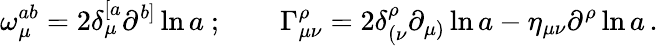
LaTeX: \omega_{\mu}^{ab}=2\delta_{\mu}^{[a}\partial^{b]}\ln a\ ;\qquad\Gamma_{\mu\nu}^{\rho}=2\delta_{(\nu}^{\rho}\partial_{\mu)}\ln a-\eta_{\mu\nu}\partial^{\rho}\ln a\, .